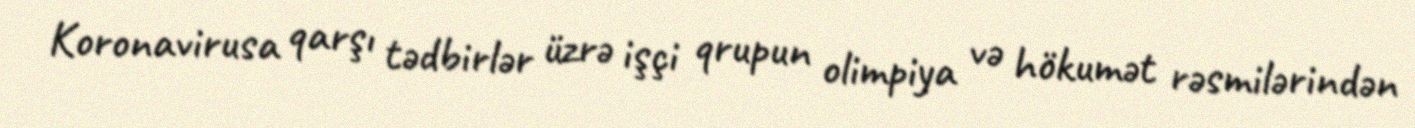
Koronavirusa qarşı tədbirlər üzrə işçi qrupun olimpiya və hökumət rəsmilərindən